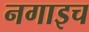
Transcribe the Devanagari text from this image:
नगाइच